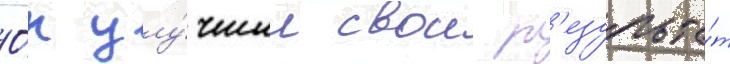
О́н улу́чшил свои р'езульта́т